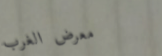
معرض الغرب